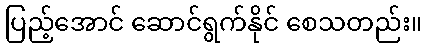
ပြည့်အောင် ဆောင်ရွက်နိုင် စေသတည်း။